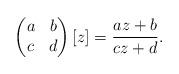
LaTeX: \begin{align*}\begin{pmatrix} a & b \\ c & d \end{pmatrix}[z]=\frac{az+b}{cz+d}.\end{align*}